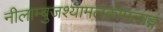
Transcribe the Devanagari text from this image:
नीलाम्बुजश्यामलकोमलाङ्गं